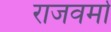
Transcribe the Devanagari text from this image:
राजवर्मा